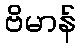
ဗိမာန်